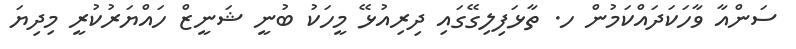
ސަންއާ ވާހަކަދައްކަމުން ހ. ތާޅަފިލިގޭގައި ދިރިއުޅޭ މީހަކު ބުނީ ޝަނީޒް ހައްޔަރުކުރީ މިދިޔަ